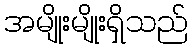
အမျိုးမျိုးရှိသည်